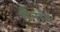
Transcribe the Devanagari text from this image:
शैनॉन